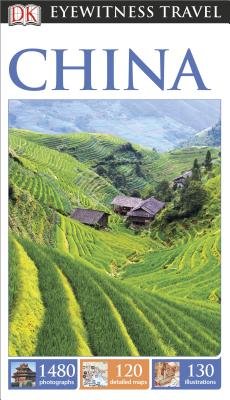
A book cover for Eyewitness( China)[DK TRAVEL GD EYEWITNESS CHINA][Paperback]; DonaldBedford; Travel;